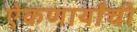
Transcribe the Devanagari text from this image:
ऐकणार्यांची